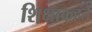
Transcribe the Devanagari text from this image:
शिक्षाकहते